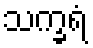
သက္ခရံ